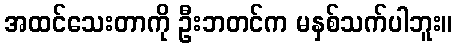
အထင်သေးတာကို ဦးဘတင်က မနှစ်သက်ပါဘူး။